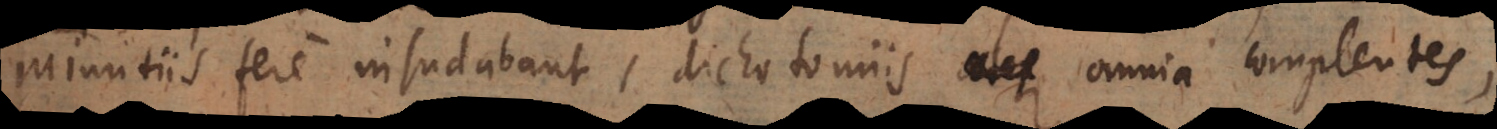
minutiis fere insudabant, dichotomiis omnia complentes,